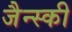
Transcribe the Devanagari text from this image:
जैन्स्की